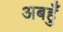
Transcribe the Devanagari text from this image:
अबहुँ